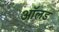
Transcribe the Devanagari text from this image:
आॅलड